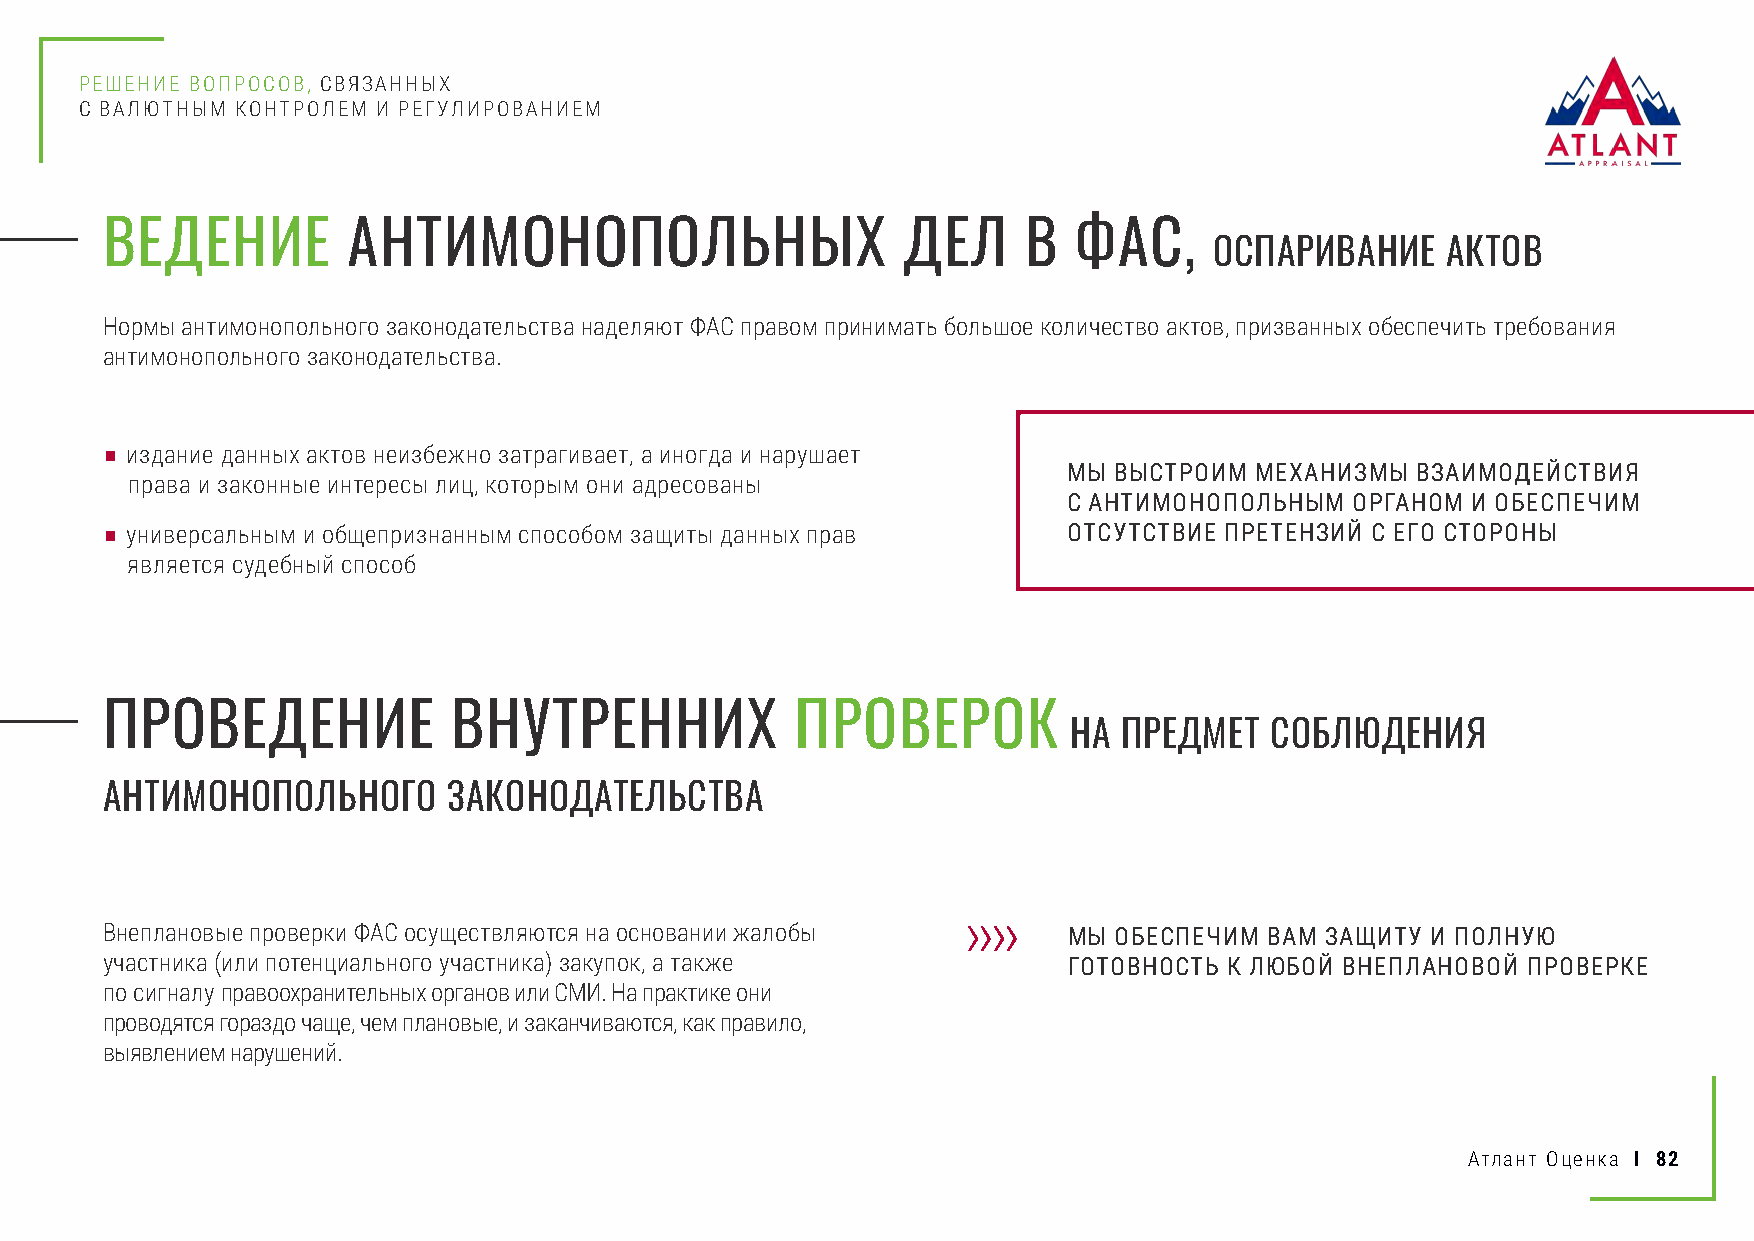
РЕШЕНИЕ ВОПРОСОВ, СВЯЗАННЫХ
 С ВАЛЮТНЫМ КОНТРОЛЕМ И РЕГУЛИРОВАНИЕМ
 ВЕДЕНИЕ         АНТИМОНОПОЛЬНЫХ                      ДЕЛ     В  ФАС,
 ОСПАРИВАНИЕ     АКТОВ
 Нормы антимонопольного законодательства наделяют ФАС правом принимать большое количество актов, призванных обеспечить требования
 антимонопольного законодательства.
 ■ издание данных актов неизбежно затрагивает, а иногда и нарушает
 МЫ ВЫСТРОИМ МЕХАНИЗМЫ  ВЗАИМОДЕЙСТВИЯ
 права и законные интересы лиц, которым они адресованы
 С АНТИМОНОПОЛЬНЫМ  ОРГАНОМ И ОБЕСПЕЧИМ
 ■ универсальным и общепризнанным способом защиты данных прав    ОТСУТСТВИЕ ПРЕТЕНЗИЙ С ЕГО СТОРОНЫ
 является судебный способ
 ПРОВЕДЕНИЕ             ВНУТРЕННИХ             ПРОВЕРОК
 НА ПРЕДМЕТ   СОБЛЮДЕНИЯ
 АНТИМОНОПОЛЬНОГО       ЗАКОНОДАТЕЛЬСТВА
 Внеплановые проверки ФАС осуществляются на основании жалобы     МЫ ОБЕСПЕЧИМ ВАМ ЗАЩИТУ И ПОЛНУЮ
 участника (или потенциального участника) закупок, а также       ГОТОВНОСТЬ К ЛЮБОЙ ВНЕПЛАНОВОЙ ПРОВЕРКЕ
 по сигналу правоохранительных органов или СМИ. На практике они
 проводятся гораздо чаще, чем плановые, и заканчиваются, как правило,
 выявлением нарушений.
 Атлант Оценка I 82